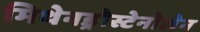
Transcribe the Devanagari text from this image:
मिथेनड्रोस्टेनोलेन